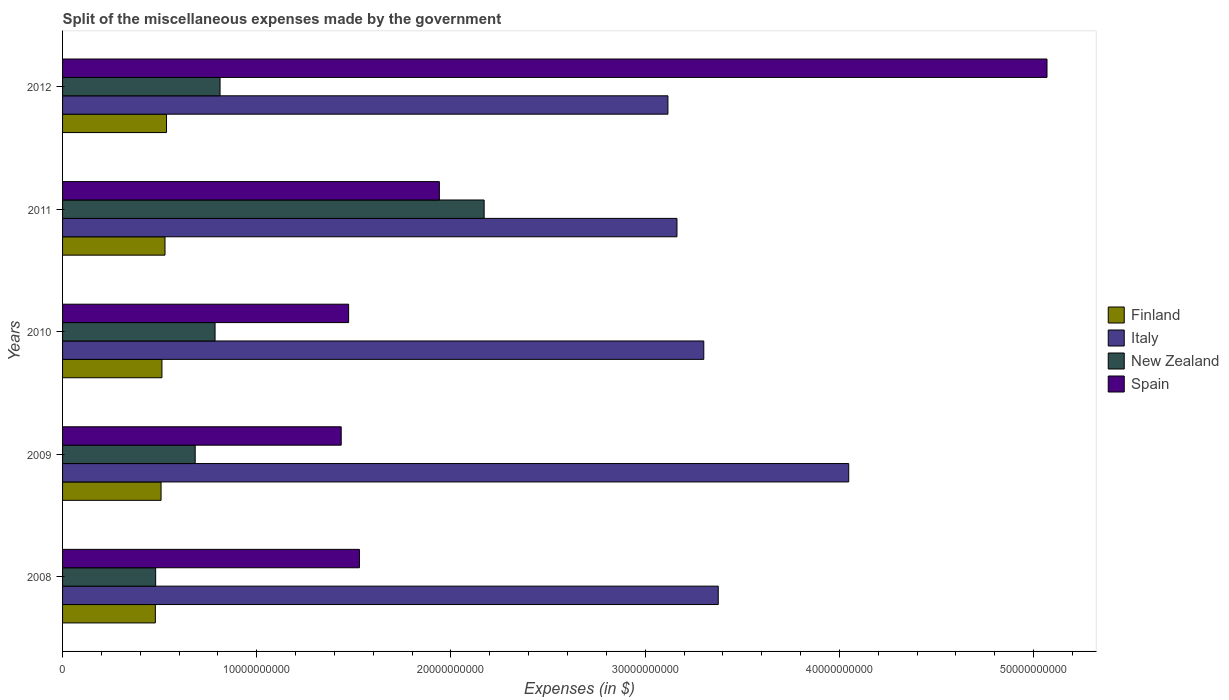
| Years | Finland | Italy | New Zealand | Spain |
 | --- | --- | --- | --- | --- |
 | 2008 | 4.78e+09 | 3.38e+10 | 4.79e+09 | 1.53e+10 |
 | 2009 | 5.07e+09 | 4.05e+10 | 6.83e+09 | 1.43e+10 |
 | 2010 | 5.12e+09 | 3.3e+10 | 7.85e+09 | 1.47e+10 |
 | 2011 | 5.28e+09 | 3.16e+10 | 2.17e+10 | 1.94e+10 |
 | 2012 | 5.35e+09 | 3.12e+10 | 8.11e+09 | 5.07e+10 |